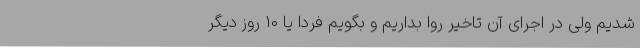
شدیم ولی در اجرای آن تاخیر روا بداریم و بگویم فردا یا 10 روز دیگر